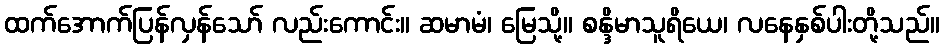
ထက်အောက်ပြန်လှန်သော် လည်းကောင်း။ ဆမာမံ၊ မြေသို့။ စန္ဒိမာသူရိယေ၊ လနေနှစ်ပါးတို့သည်။